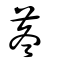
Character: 苳